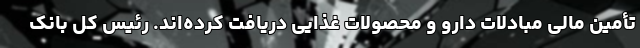
تأمین مالی مبادلات دارو و محصولات غذایی دریافت کرده‌اند. رئیس کل بانک